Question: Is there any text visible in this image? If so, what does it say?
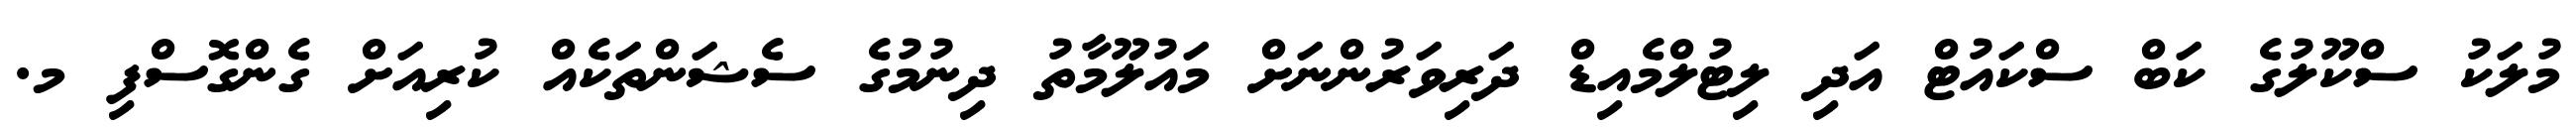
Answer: މުލަކު ސްކޫލުގެ ކަބް ސްކައުޓް އަދި ލިޓުލްމެއިޑް ދަރިވަރުންނަށް މައުލޫމާތު ދިނުމުގެ ސެޝަންތަކެއް ކުރިއަށް ގެންގޮސްފި މ.